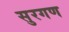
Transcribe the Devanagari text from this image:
सुरगण